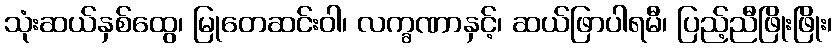
သုံးဆယ်နှစ်ထွေ၊ မြုတေဆင်းဝါ၊ လက္ခဏာနှင့်၊ ဆယ်ဖြာပါရမီ၊ ပြည့်ညီဖြိုးဖြိုး၊